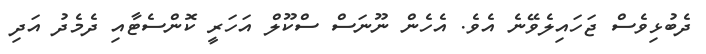
ދެބުޅިވެސް ޖަހައިލެވޭނެ އެވެ. އެހެން ނޫނަސް ސްކޫލް އަހަރީ ކޮންސެޓާއި ދެމެދު އަދި